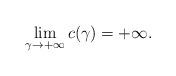
LaTeX: \begin{align*}\lim_{\gamma\to+\infty}c(\gamma)=+\infty.\end{align*}